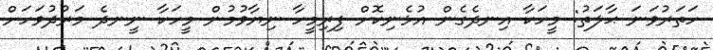
ހަތަރުވަނަ ޙާލަތު: މީހަކާ އިނދެގެން އުޅެނިކޮށް ފިރިމީހާ ނިޔާވުމުން މީހަކާ ނީނދެ މަރުދުވަހަށް